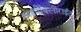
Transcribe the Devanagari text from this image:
हाइपोक्लोराईट